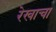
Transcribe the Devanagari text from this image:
रेखाचा